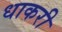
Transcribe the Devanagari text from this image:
धाकरी